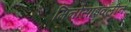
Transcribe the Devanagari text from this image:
मिनोसाइक्लीन